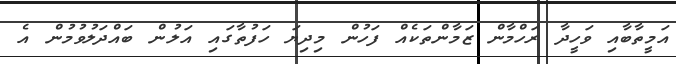
އަމީތާބާއި ވަހީދާ ރަހްމާން ޒަމާންތަކެއް ފަހުން މިދިޔަ ހަފުތާގައި އަލުން ބައްދަލުވުމުން އެ